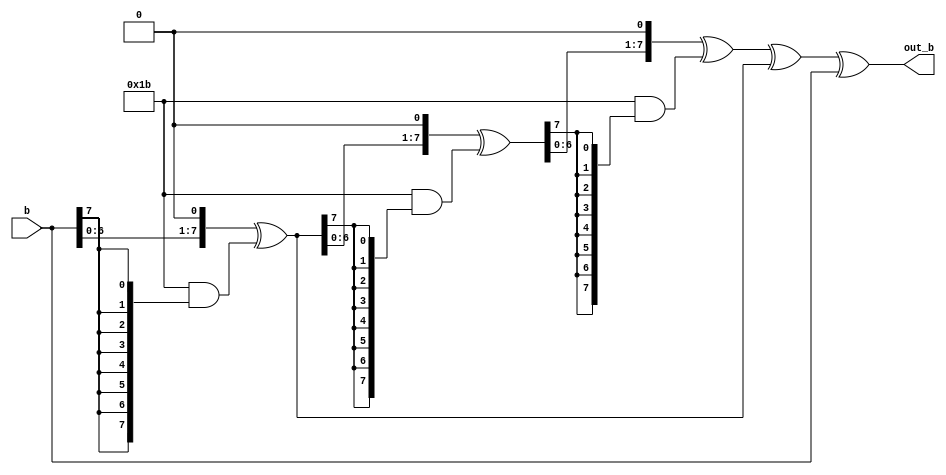
// Some synthesis tools don't like xtime being called recursevly ...
module aes_pmul#(parameter LEVEL = 0)(b, out_b);
  input wire [7:0] b;
  output reg [7:0] out_b;

  wire [7:0] two;
  wire [7:0] four;
  wire [7:0] eight;

  assign two = {b[6:0],1'b0}^(8'h1b&{8{b[7]}});
  assign four = {two[6:0],1'b0}^(8'h1b&{8{two[7]}});
  assign eight = {four[6:0],1'b0}^(8'h1b&{8{four[7]}});

  always @(*) begin
    case (LEVEL)
      0: out_b = eight^two^b;    // b
      1: out_b = eight^four^b;   // d
      2: out_b = eight^b;        // 9
      3: out_b = eight^four^two; // e
    endcase // case (LEVEL)
  end
endmodule